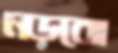
নড়বো